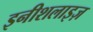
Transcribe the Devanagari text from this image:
इनीशलाइज़